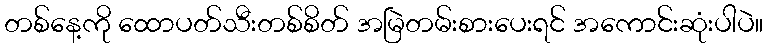
တစ်နေ့ကို ထောပတ်သီးတစ်စိတ် အမြဲတမ်းစားပေးရင် အကောင်းဆုံးပါပဲ။